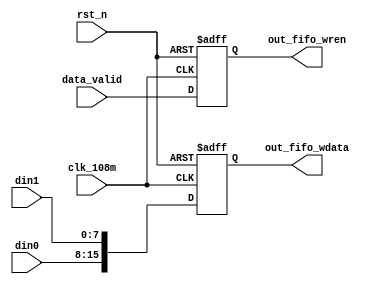
module wr_outfifo
			(
			rst_n,
			clk_108m,
			//
			data_valid,
			din0,
			din1,
			
			out_fifo_wren,
			out_fifo_wdata
			);
/***********************\
parameter declare
\***********************/
parameter		U_DLY = 1;
/***********************\
Port declare
\***********************/
input										rst_n;
input										clk_108m;

input										data_valid;
input[7:0]							din0;
input[7:0]							din1;

output									out_fifo_wren;
output[15:0]						out_fifo_wdata;
reg											out_fifo_wren;
reg		[15:0]						out_fifo_wdata;
always @( posedge clk_108m or negedge rst_n )
begin
		if( ~rst_n )
		begin
				out_fifo_wren		<= 1'b0;
				out_fifo_wdata	<= 18'b0;
		end
		else
		begin
				out_fifo_wren		<= data_valid;
				out_fifo_wdata	<= {din0[7:0],din1[7:0]};
		end
end
endmodule